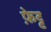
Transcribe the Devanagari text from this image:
फ़ेट्ट